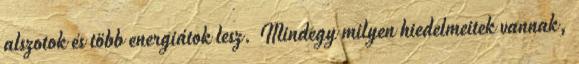
alszotok és több energiátok lesz. Mindegy milyen hiedelmeitek vannak,